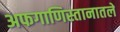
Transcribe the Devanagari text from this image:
अफगाणिस्तानातले